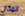
المكان